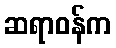
ဆရာဝန်က